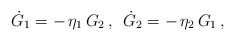
\begin{align*}\dot{G}_{1}=-\,\eta _{1}\,G_{2}\,,\,\,\,\dot{G}_{2}=-\,\eta _{2}\,G_{1}\,,\end{align*}